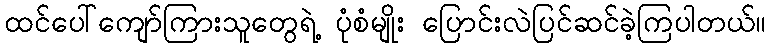
ထင်ပေါ်ကျော်ကြားသူတွေရဲ့ ပုံစံမျိုး ပြောင်းလဲပြင်ဆင်ခဲ့ကြပါတယ်။